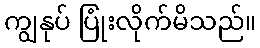
ကျွနုပ် ပြုံးလိုက်မိသည်။